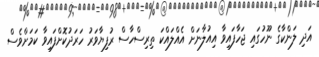
އަދި ލަންކާގެ ނޫހުގައި ޖަހާފައިވާ އިއުލާނަށް އެއްލައްކަ ތިރިސްހާސް ރުފިޔާވަރު ހަރަދުކޮށްފައިވާ ކަމަށްވެސް